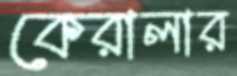
কেরালার